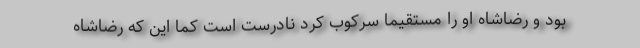
بود و رضاشاه او را مستقیما سرکوب کرد نادرست است کما این که رضاشاه